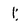
Character: 1